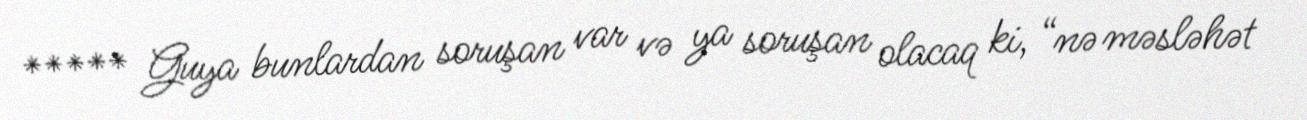
***** Guya bunlardan soruşan var və ya soruşan olacaq ki, “nə məsləhət